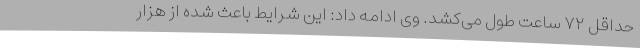
حداقل ۷۲ ساعت طول می‌کشد. وی ادامه داد: این شرایط باعث شده از هزار